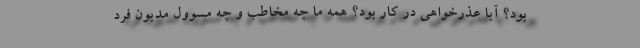
بود؟ آیا عذرخواهی در کار بود؟ همه ما چه مخاطب و چه مسوول مدیون فرد